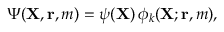
\Psi ( { \mathbf { X } } , { \mathbf { r } } , m ) = \psi ( { \mathbf { X } } ) \, \phi _ { k } ( { \mathbf { X } } ; { \mathbf { r } } , m ) ,